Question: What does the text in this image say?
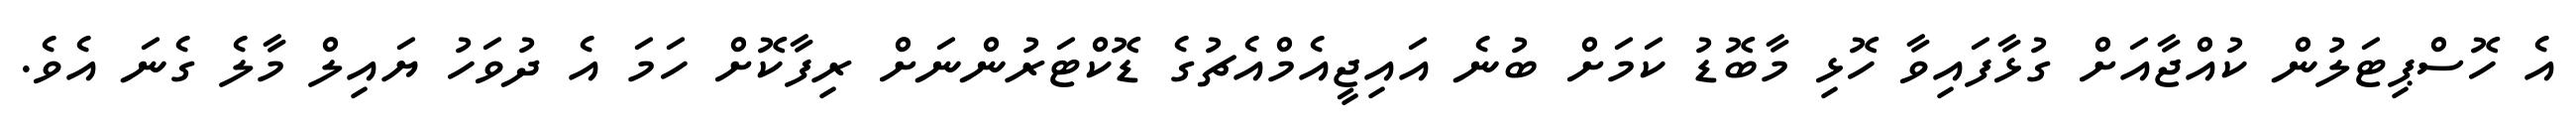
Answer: އެ ހޮސްޕިޓަލުން ކުއްޖާއަށް ގުޅާފައިވާ ހޮޅި މާބޮޑު ކަމަށް ބުނެ އައިޖީއެމްއެޗުގެ ޑޮކްޓަރުންނަށް ރިފާކޮށް ހަމަ އެ ދުވަހު ޔައިލް މާލެ ގެނަ އެވެ.